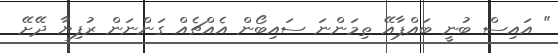
" އައިސް ބުނީ ބައްޕާއޭ ތިމަންނަ ސައިބޯން އެއްޗެއް ގަންނަން ރުފިޔާ ދޭށޭ